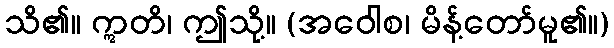
သိ၏။ ဣတိ၊ ဤသို့။ (အဝေါစ၊ မိန့်တော်မူ၏။)